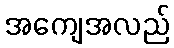
အကျေအလည်